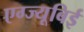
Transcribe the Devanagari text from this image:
एग्ज्यूबिई